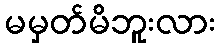
မမှတ်မိဘူးလား